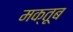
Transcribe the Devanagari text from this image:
मक्तूब